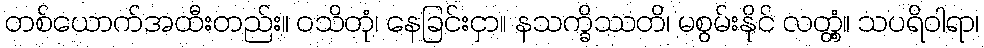
တစ်ယောက်အထီးတည်း။ ဝသိတုံ၊ နေခြင်းငှာ။ နသက္ခိဿတိ၊ မစွမ်းနိုင် လတ္တံ့။ သပရိဝါရာ၊